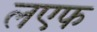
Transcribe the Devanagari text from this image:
लएफ